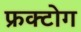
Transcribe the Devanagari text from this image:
फ्रक्टोग